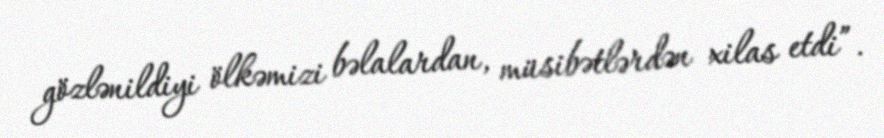
gözlənildiyi ölkəmizi bəlalardan, müsibətlərdən xilas etdi”.